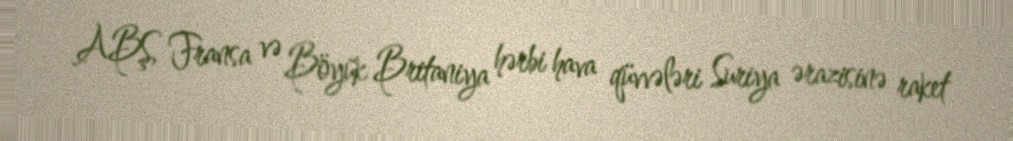
ABŞ, Fransa və Böyük Britaniya hərbi hava qüvvələri Suriya ərazisinə raket